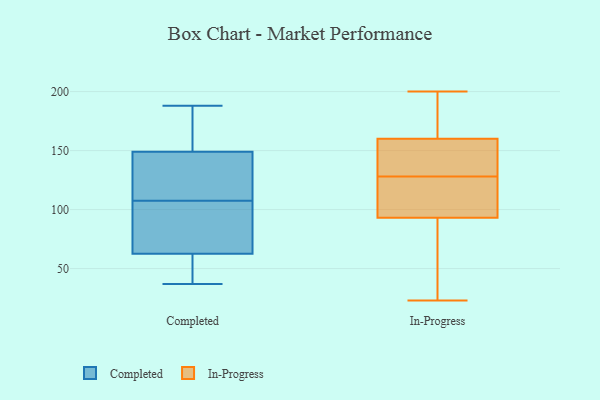
{"axis": {"x": "Energy Usage (MWh)", "y": "Value"}, "legend": ["Completed", "In-Progress"], "data": [{"x": "", "y": 124, "type": "Completed"}, {"x": "", "y": 109, "type": "Completed"}, {"x": "", "y": 188, "type": "Completed"}, {"x": "", "y": 65, "type": "Completed"}, {"x": "", "y": 103, "type": "Completed"}, {"x": "", "y": 148, "type": "Completed"}, {"x": "", "y": 41, "type": "Completed"}, {"x": "", "y": 81, "type": "Completed"}, {"x": "", "y": 150, "type": "Completed"}, {"x": "", "y": 172, "type": "Completed"}, {"x": "", "y": 106, "type": "Completed"}, {"x": "", "y": 60, "type": "Completed"}, {"x": "", "y": 37, "type": "Completed"}, {"x": "", "y": 139, "type": "Completed"}, {"x": "", "y": 184, "type": "Completed"}, {"x": "", "y": 45, "type": "Completed"}, {"x": "", "y": 160, "type": "In-Progress"}, {"x": "", "y": 176, "type": "In-Progress"}, {"x": "", "y": 93, "type": "In-Progress"}, {"x": "", "y": 200, "type": "In-Progress"}, {"x": "", "y": 93, "type": "In-Progress"}, {"x": "", "y": 23, "type": "In-Progress"}, {"x": "", "y": 132, "type": "In-Progress"}, {"x": "", "y": 124, "type": "In-Progress"}, {"x": "", "y": 159, "type": "In-Progress"}, {"x": "", "y": 33, "type": "In-Progress"}]}